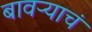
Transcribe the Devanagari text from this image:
बावऱ्याचं